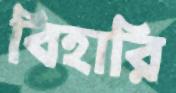
বিহারি